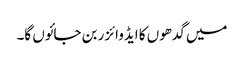
میں گدھوں کا ایڈوائزر بن جائوں گا۔